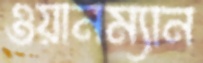
ওয়ানম্যান